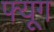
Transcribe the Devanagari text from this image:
फ्यूग